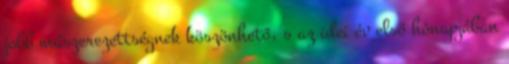
jobb műszerezettségnek köszönhető, s az idei év első hónapjában